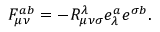
F _ { \mu \nu } ^ { a b } = - R _ { \mu \nu \sigma } ^ { \lambda } e _ { \lambda } ^ { a } e ^ { \sigma b } .